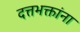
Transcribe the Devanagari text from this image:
दत्तभक्तांना